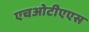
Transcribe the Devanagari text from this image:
एचओटीएएस